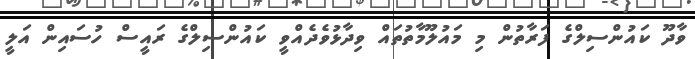
ވާދޫ ކައުންސިލްގެ ފަރާތުން މި މައުލޫމާތުތައް ވިދާޅުވެދެއްވީ ކައުންސިލްގެ ރައީސް ހުސައިން އަލީ